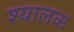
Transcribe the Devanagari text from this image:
श्यालक